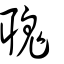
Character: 聭